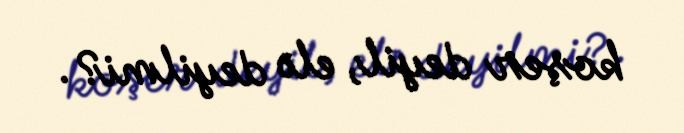
koşer deyil, elə deyilmi?.